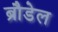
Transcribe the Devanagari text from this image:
ब्रौडेल